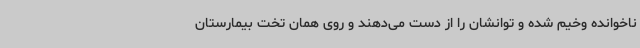
ناخوانده وخیم شده و توانشان را از دست می‌دهند و روی همان تخت بیمارستان